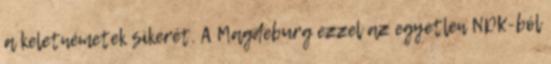
a keletnémetek sikerét. A Magdeburg ezzel az egyetlen NDK-ból